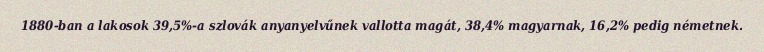
1880-ban a lakosok 39,5%-a szlovák anyanyelvűnek vallotta magát, 38,4% magyarnak, 16,2% pedig németnek.